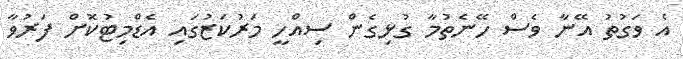
އެ ވަގުތު އޭނާ ވެސް ހޭނެތުމާ ގުޅިގެން ސިއްހީ މަރުކަޒުގައި އެޑްމިޓުކޮށް ފަރުވާ